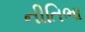
નીતિભા